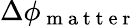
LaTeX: \Delta\phi_{\mathrm{~m~a~t~t~e~r~}}